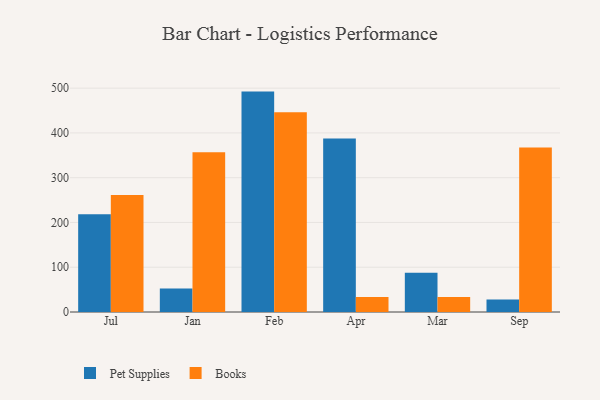
{"axis": {"x": "Month", "y": "Production Output"}, "legend": ["Books", "Pet Supplies"], "data": [{"x": "Jul", "y": 218.3, "type": "Pet Supplies"}, {"x": "Jul", "y": 261.4, "type": "Books"}, {"x": "Jan", "y": 52.5, "type": "Pet Supplies"}, {"x": "Jan", "y": 356.9, "type": "Books"}, {"x": "Feb", "y": 492.3, "type": "Pet Supplies"}, {"x": "Feb", "y": 446.1, "type": "Books"}, {"x": "Apr", "y": 387.7, "type": "Pet Supplies"}, {"x": "Apr", "y": 33.4, "type": "Books"}, {"x": "Mar", "y": 87.5, "type": "Pet Supplies"}, {"x": "Mar", "y": 33.3, "type": "Books"}, {"x": "Sep", "y": 27.7, "type": "Pet Supplies"}, {"x": "Sep", "y": 367.6, "type": "Books"}]}